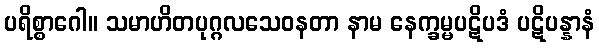
ပရိစ္စာဂေါ။ သမာဟိတပုဂ္ဂလသေဝနတာ နာမ နေက္ခမ္မပဋိပဒံ ပဋိပန္နာနံ